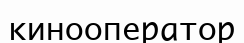
кинооператор